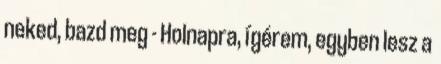
neked, bazd meg - Holnapra, ígérem, egyben lesz a